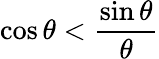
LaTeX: \cos\theta<{\frac{\sin\theta}{\theta}}